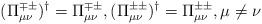
LaTeX: \begin{align*}(\Pi^{\mp\pm}_{\mu\nu})^\dag=\Pi^{\mp\pm}_{\mu\nu}, (\Pi^{\pm\pm}_{\mu\nu})^\dag=\Pi^{\pm\pm}_{\mu\nu}, \mu\neq\nu\end{align*}